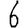
Digit: 6